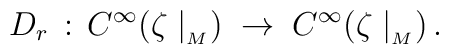
D_r \,: \, C^\infty (\zeta \mid_{_M}) \; \rightarrow \; C^\infty(\zeta \mid_{_M}) \, .